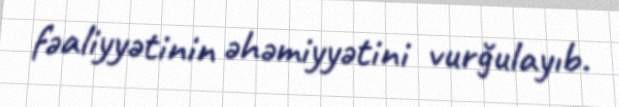
fəaliyyətinin əhəmiyyətini vurğulayıb.